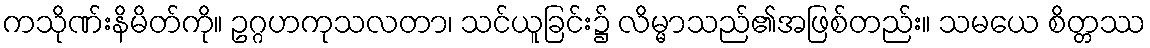
ကသိုဏ်းနိမိတ်ကို။ ဥဂ္ဂဟကုသလတာ၊ သင်ယူခြင်း၌ လိမ္မာသည်၏အဖြစ်တည်း။ သမယေ စိတ္တဿ